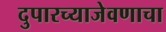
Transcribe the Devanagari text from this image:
दुपारच्याजेवणाचा